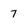
Character: 7